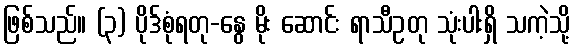
ဖြစ်သည်။ (၃) ပိုဒ်စုံရတု-နွေ မိုး ဆောင်း ရာသီဥတု သုံးပါးရှိ သကဲ့သို့